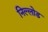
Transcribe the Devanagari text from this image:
निल्लोड